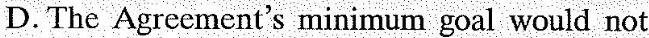
D. The Agreement's minimum goal would not